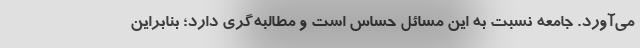
می‌آورد. جامعه نسبت به این مسائل حساس است و مطالبه‌گری دارد؛ بنابراین